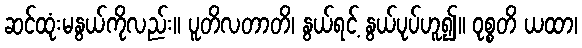
ဆင်ထုံးမနွယ်ကိုလည်း။ ပူတိလတာတိ၊ နွယ်ရင့် နွယ်ပုပ်ဟူ၍။ ဝုစ္စတိ ယထာ၊